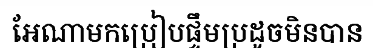
អែណាមកប្រៀបផ្ទឹមប្រដូចមិនបាន